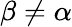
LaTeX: \beta\ne\alpha